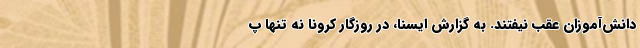
دانش‌آموزان عقب نیفتند. به گزارش ایسنا، در روزگار کرونا نه تنها پ